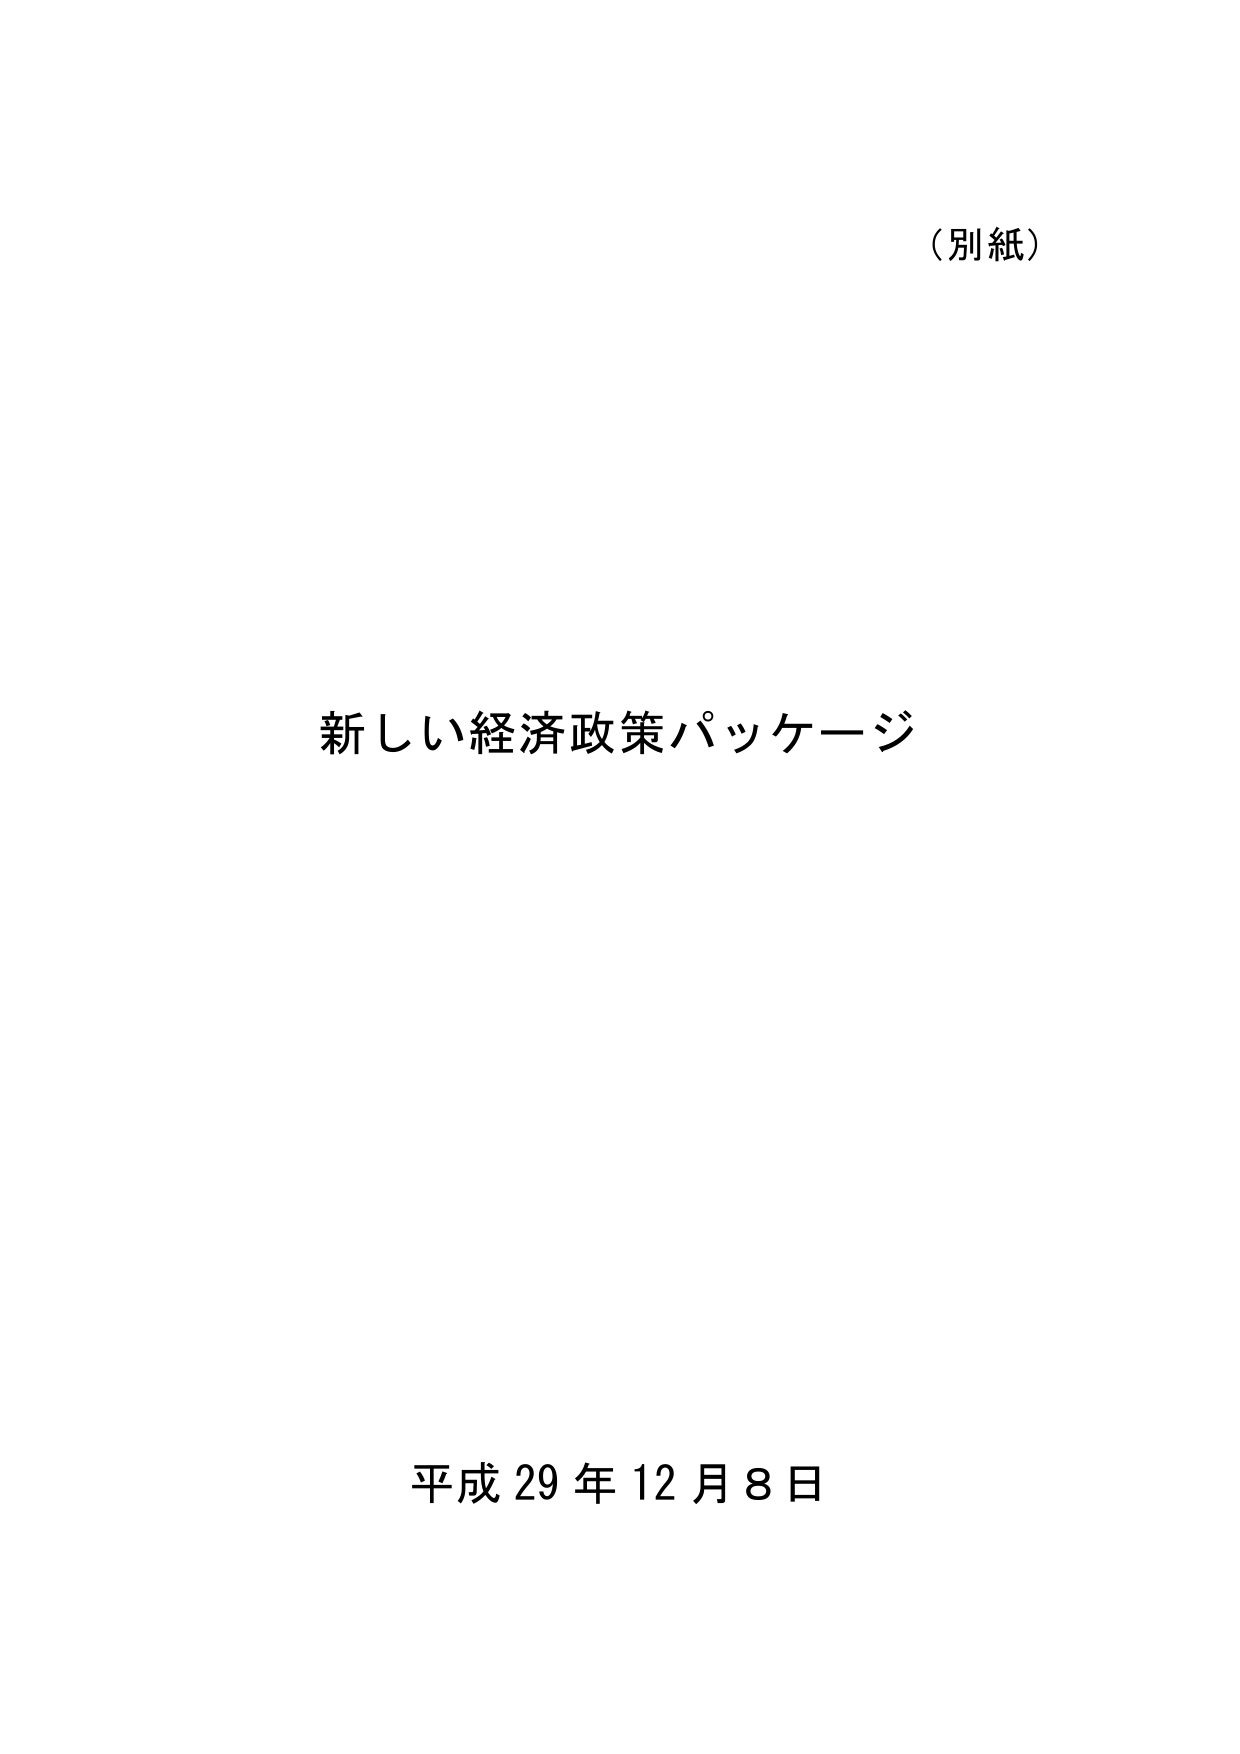
（別紙）

新しい経済政策パッケージ

平成29年12月8日